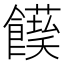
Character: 𩟌